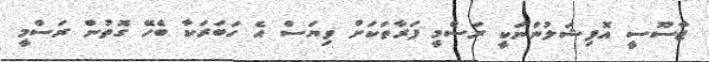
ޖާސޫސީ އޮފިޝަލުންނަކީ ރަސްމީ ފަރާތަކަށް ވިޔަސް އެ ހަބަރަކާ ބެހޭ ގޮތުން ރަސްމީ